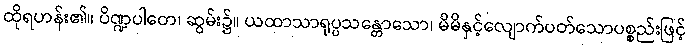
ထိုရဟန်း၏။ ပိဏ္ဍပါတေ၊ ဆွမ်း၌။ ယထာသာရုပ္ပသန္တောသော၊ မိမိနှင့်လျောက်ပတ်သောပစ္စည်းဖြင့်